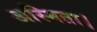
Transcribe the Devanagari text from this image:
अस्मिता।